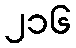
၂၁၆